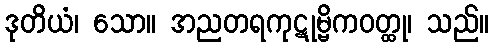
ဒုတိယံ၊ သော။ အညတရကုဋုမ္ဗိကဝတ္ထု၊ သည်။